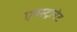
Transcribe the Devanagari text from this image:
एक्स्ट्रानेट